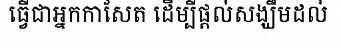
ធ្វើជាអ្នកកាសែត ដើម្បីផ្តល់សង្ឃឹមដល់